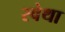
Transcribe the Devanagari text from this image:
स्वेथा